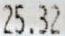
25.32